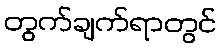
တွက်ချက်ရာတွင်